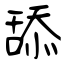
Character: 舔